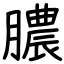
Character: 膿